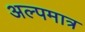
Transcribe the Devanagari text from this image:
अल्पमात्र